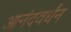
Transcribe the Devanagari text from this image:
आनंदवर्धंन